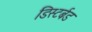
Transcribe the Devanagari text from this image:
डिस्टर्बड